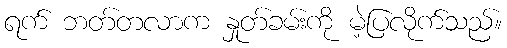
ရက် ဘတ်တလာက နှုတ်ခမ်းကို မဲ့ပြလိုက်သည်။